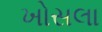
ખોસલા